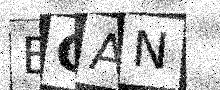
Text: BQAN